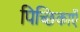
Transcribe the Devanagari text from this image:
पिच्छिकाएँ